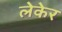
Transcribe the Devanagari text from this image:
लेकेर